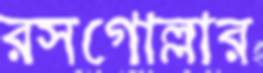
রসগোল্লার